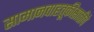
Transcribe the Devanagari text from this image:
सामानवाहतूकीसाठीचे